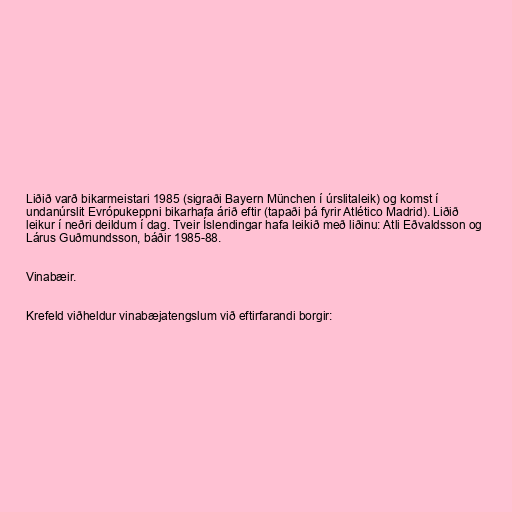
Liðið varð bikarmeistari 1985 (sigraði Bayern München í úrslitaleik) og komst í
undanúrslit Evrópukeppni bikarhafa árið eftir (tapaði þá fyrir Atlético Madrid). Liðið
leikur í neðri deildum í dag. Tveir Íslendingar hafa leikið með liðinu: Atli Eðvaldsson og
Lárus Guðmundsson, báðir 1985-88.

Vinabæir.

Krefeld viðheldur vinabæjatengslum við eftirfarandi borgir: